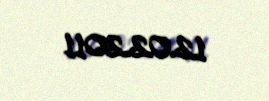
12.02.2011